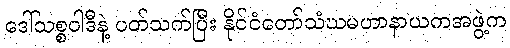
ဒေါ်သစ္စဝါဒီနဲ့ ပတ်သက်ပြီး နိုင်ငံတော်သံဃမဟာနာယကအဖွဲ့က